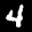
Label: 4